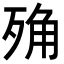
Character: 𣨍